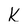
Character: k